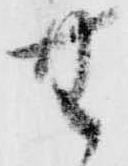
無